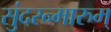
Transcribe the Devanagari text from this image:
सुंदरन्मारुम्